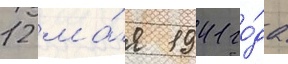
12 ма́я 1941 го́да